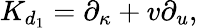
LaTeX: {K}_{d_{1}}=\partial_{\kappa}+v\partial_{u},